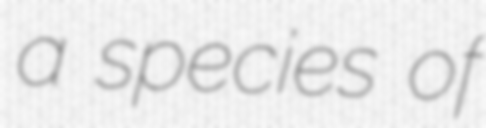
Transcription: a species of